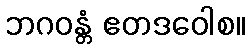
ဘဂဝန္တံ ဧတဒဝေါစ။